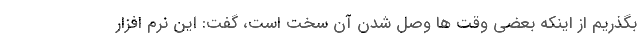
بگذریم از اینکه بعضی وقت ها وصل شدن آن سخت است، گفت: این نرم افزار